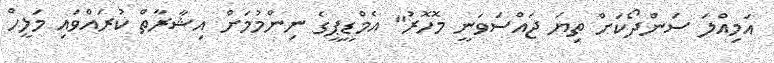
އަމިއްލަ ސަންދޯކަށް ތިޔަ ޖައްސަވަނީ މޮހޮރު" އެމްޑީޕީގެ ނިންމުމަށް އިޝާރާތް ކުރައްވައި މަލީހް